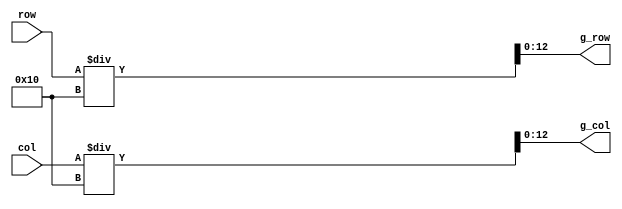
`timescale 1ns / 1ps
//////////////////////////////////////////////////////////////////////////////////
// Company: 
// Engineer: 
// 
// Design Name: 
// Module Name: oled_to_grid_coords
// Project Name: 
// Target Devices: 
// Tool Versions: 
// Description: 
// 
// Dependencies: a
// 
// Revision:
// Revision 0.01 - File Created
// Additional Comments:
// 
//////////////////////////////////////////////////////////////////////////////////

//assuming a PORTRAIT LAYOUT
module oledB_to_grid_coords(input [12:0] row, col, output [12:0] g_row, g_col);
    assign g_col = col/16;
    assign g_row = row/16;
endmodule